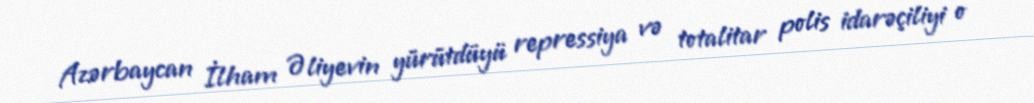
Azərbaycan İlham Əliyevin yürütdüyü repressiya və totalitar polis idarəçiliyi o